Vaccination in the Punjab 1883-1896 - 1883-1896
Year: 1883
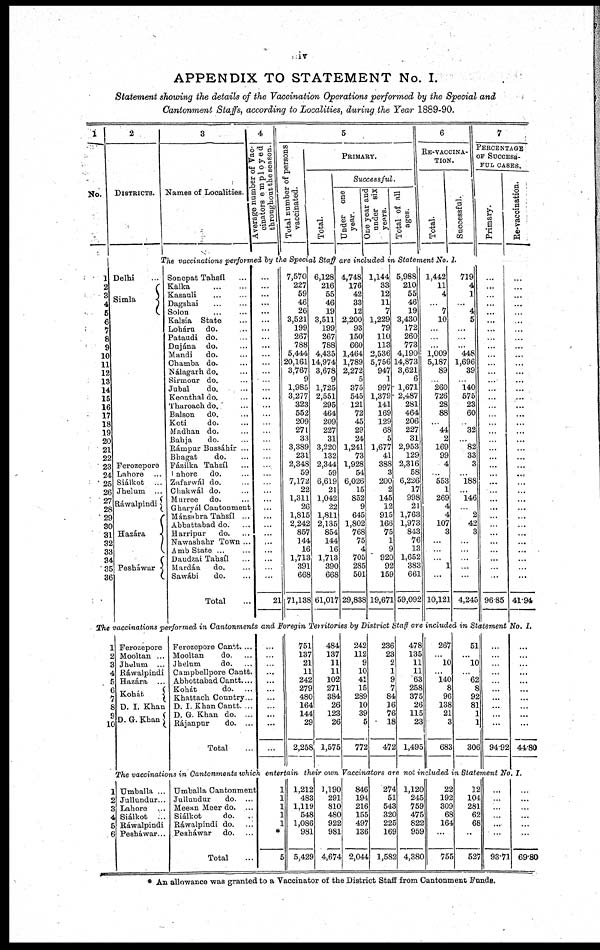
iv
APPENDIX TO STATEMENT No. I.
Statement showing the details of the Vaccination Operations performed by the Special and
Cantonment Staffs, according to Localities, during the Year 1889-90.
1
No.
1
2
3
4
5
6
7
8
9
10
11
12
13
14
15
16
17
18
19
20
21
22
23
24
25
26
27
28
29
30
31
32
33
34
35
36
2
DISTRICTS.
3
Names of Localities.
4
Average number of Vac-
cinators employed
throughout the season.
5
Total number of persons
vaccinated.
PRIMARY.
Total.
Successful.
Under one
year.
One year and
under six
years.
Total of all
ages.
6
RE-VACCINA-
TION.
Total.
Successful.
7
PERCENTAGE
OF SUCCESS-
--- CASES.
Primary.
Re-vaccination.
The vaccinations performed by the Special Staff are included in Statement No.1.
Delhi ...
Simla
Ferozepore
Lahore ...
Siálkot ...
Jhelum
...
Ráwalpindi
Hazára
Pesháwar
Sonepat Tahsíl ...
Kalka
...
...
Kasauli ... ...
Dagshai ... ...
Solon
...
...
Kalsia State ...
Loháru
do. ..
Pataudi do. ..
Dnjána
do. ...
Mandi
do. ...
Chamba do. ..
Nálagarh do. ...
Sirmour do. ...
Jubal
do. ...
Keonthal do. ...
Tharoach do. ...
Balson
do. ...
Koti
do. ...
Madhan do. ...
Bahja
do. ...
Rámpur Bussáhir . .
Bhagat
do. ...
Fázilka Tahsíl ...
Lahore
do. ...
Zafarwál do. ...
Chakwál do. ...
Murree
do. ...
Gharyál Cantonment
Mánsahra Tahsíl . .
Abbattabad do. ...
Harripnr
do. ...
Nawashahr Town ..
Amb State ... ...
Daudzai Tahsíl ...
Mardán
do. ...
Sawábi
do. ...
Total ...
...
...
...
...
...
...
...
...
..
...
...
...
...
...
...
...
...
...
...
...
...
...
...
...
...
...
...
...
...
...
...
...
...
...
...
...
21
7,570
227
59
46
26
3,521
199
267
788
5,444
20,161
3,767
9
1,985
3,277
323
552
209
271
33
3,389
231
2,348
59
7,172
22
1,311
26
1,815
2,242
857
144
16
1,713
391
668
71,138
6,128
216
55
46
19
3,511
199
267
788
4,435
14,974
3,678
9
1,725
2,551
295
464
209
227
31
3,220
132
2,344
59
6,619
21
1,042
22
1,811
2,135
854
144
16
1,713
390
668
61,017
4,748
176
42
33
12
2,200
93
150
660
1,464
1,789
2,272
5
375
545
121
72
45
29
24
1,241
73
1,928
54
6,026
15
852
9
645
1,802
768
75
4
705
285
501
29,838
1,144
33
12
11
7
1,229
79
110
113
2,536
5,756
947
1
997
1,379
141
169
129
68
5
1,677
41
388
3
200
2
145
12
915
166
75
1
9
920
92
159
19,671
5,988
210
55
46
19
3,430
172
260
773
4,190
14,873
3,621
6
1,671
2,487
281
464
206
227
31
2,953
129
2,316
58
6,226
17
998
21
1,763
1,973
843
76
13
1,652
383
661
59,092
1,442
11
4
...
7
10
...
...
...
1,009
5,187
89
...
260
726
28
88
...
44
2
169
99
4
...
553
1
269
4
4
107
3
...
...
...
1
...
10,121
719
4
1
...
4
5
...
...
...
448
1,696
39
...
140
575
23
60
...
32
...
82
33
3
...
188
...
146
...
2
42
3
...
...
...
...
...
4,245
...
...
...
...
...
...
...
...
...
...
...
...
...
...
...
...
...
...
...
...
...
...
...
...
...
...
...
...
...
...
...
...
...
...
...
...
96.85
...
...
...
...
...
...
...
...
...
...
...
...
...
...
...
...
...
...
...
...
...
...
...
...
...
...
...
...
...
...
...
...
...
...
...
...
41.94
The vaccinations performed in Cantonmets
and Foregin Territories by District St af f are included in Statement No. I.
1
2
3
4
5
6
7
8
9
10
Ferozepore
Mooltan ...
Jhelum
...
Ráwalpindi
Hazára
Kohát
D. I. Khan
D. G. Khan
Ferozepore Cantt. ...
Mooltan
do ...
Jhelum
do. ...
Campbellpore Cantt.
Abbottabad Cantt...
Kohát
do. ...
Khattach Country..
D. I. Khan Cantt. ..
D. G. Khan do. ...
Rájanpur
do. ...
Total ...
...
...
...
...
...
...
. .
...
...
...
...
751
137
21
11
242
279
480
164
144
29
2,258
484
137
11
11
102
271
384
26
123
26
1,575
242
112
9
10
41
15
289
10
39
5
772
236
23
2
1
9
7
84
16
76
18
472
478
135
11
11
63
258
375
26
115
23
1,495
267
...
10
...
140
8
96
138
21
3
683
51
...
10
...
62
8
92
81
1
1
306
...
...
...
...
...
...
...
...
...
...
94 92
...
...
...
...
...
...
...
...
...
...
44.80
The vaccinations in Cantonments which. entertain
their own Vaccinators are not included in Statement
No.I.
1
2
3
4
5
6
Umballa ...
Jullundnr...
Lahore ...
Siálkot
...
Ráwalpindi
Pesháwar...
Umballa Cantonment
Jullundur
do ...
Meean Meer do. ...
Siálkot
do. ...
Ráwalpindi do. ...
Pesháwar
do. ...
Total ...
1
1
1
1
1
*
5
1,212
483
1,119
546
1,086
981
5,429
1,190
291
810
480
922
981
4,674
846
194
216
155
497
136
2,044
274
51
543
320
225
169
1,582
1,120
245
759
475
825
959
4,380
22
195
309
68
164
...
755
12
104
281
62
68
...
527
...
...
...
...
...
...
93.71
...
...
...
...
...
...
69.80
* An allowance was granted to a Vaccinator of the District Staff from Cantonment Funds.